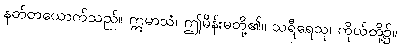
နတ်တယောက်သည်။ ဣမာသံ၊ ဤမိန်းမတို့၏။ သရီရေသု၊ ကိုယ်တို့၌။